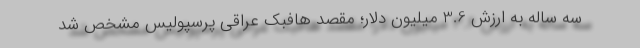
سه ساله به ارزش 3.6 میلیون دلار؛ مقصد هافبک عراقی پرسپولیس مشخص شد